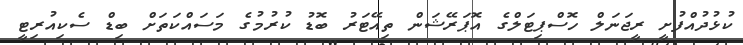
ކުޅުދުއްފުށީ ރީޖަނަލް ހޮސްޕިޓަލްގެ އޮޕަރޭޝަން ތިއޭޓަރު ބޮޑު ކުރުމުގެ މަސައްކަތަށް ބިޑް ސެކިއުރިޓީ